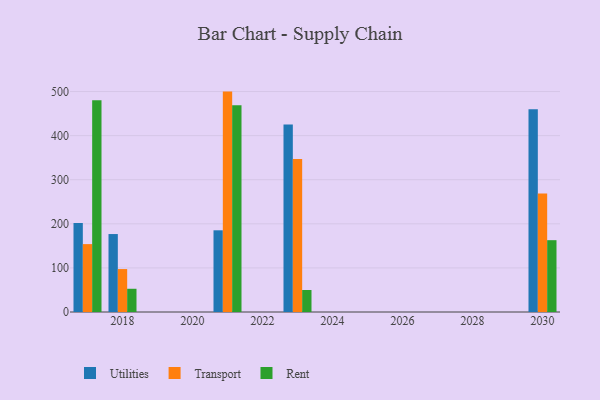
{"axis": {"x": "Year", "y": "Latency (ms)"}, "legend": ["Rent", "Transport", "Utilities"], "data": [{"x": "2021", "y": 185.3, "type": "Utilities"}, {"x": "2021", "y": 499.9, "type": "Transport"}, {"x": "2021", "y": 469.1, "type": "Rent"}, {"x": "2018", "y": 176.8, "type": "Utilities"}, {"x": "2018", "y": 97.4, "type": "Transport"}, {"x": "2018", "y": 52.7, "type": "Rent"}, {"x": "2030", "y": 459.8, "type": "Utilities"}, {"x": "2030", "y": 268.8, "type": "Transport"}, {"x": "2030", "y": 162.9, "type": "Rent"}, {"x": "2017", "y": 201.6, "type": "Utilities"}, {"x": "2017", "y": 154.0, "type": "Transport"}, {"x": "2017", "y": 480.4, "type": "Rent"}, {"x": "2023", "y": 425.2, "type": "Utilities"}, {"x": "2023", "y": 347.2, "type": "Transport"}, {"x": "2023", "y": 49.9, "type": "Rent"}]}